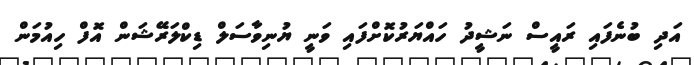
އަދި ބުނެފައި ރައީސް ނަޝީދު ހައްޔަރުކޮށްފައި ވަނީ ޔުނިވާސަލް ޑިކްލަރޭޝަން އޮފް ހިއުމަން